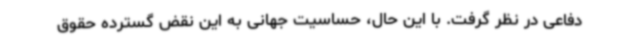
دفاعی در نظر گرفت. با این حال، حساسیت جهانی به این نقض گسترده حقوق